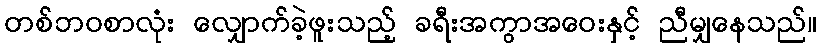
တစ်ဘဝစာလုံး လျှောက်ခဲ့ဖူးသည့် ခရီးအကွာအဝေးနှင့် ညီမျှနေသည်။